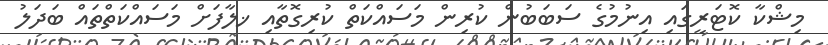
މިޝްކާ ކޮޓަރީގައި އިނުމުގެ ސަބަބުން ކުރިން މަސައްކަތް ކުރިގޮތާއި ޚލާފަށް މަސައްކަތްތައް ބަދަލު